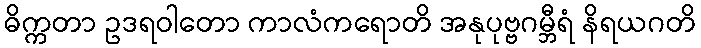
ဓိက္ကတာ ဥဒရဝါတော ကာလံကရောတိ အနုပုဗ္ဗဂမ္ဘီရံ နိရယဂတိ